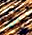
أين